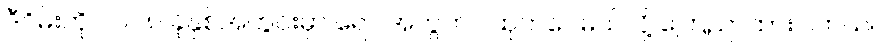
ဒီဂိမ်းကို ၂၀၁၈ ခုနှစ်အတွင်းမှာ ရော အတွက်ပါထုတ်ဝေမယ်လို့ ကြေညာထားပါတယ်။